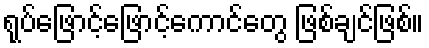
ရုပ်ဖြောင့်ဖြောင့်ကောင်တွေ ဖြစ်ချင်ဖြစ်။